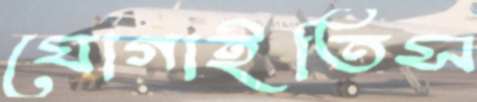
যোগাইতিস